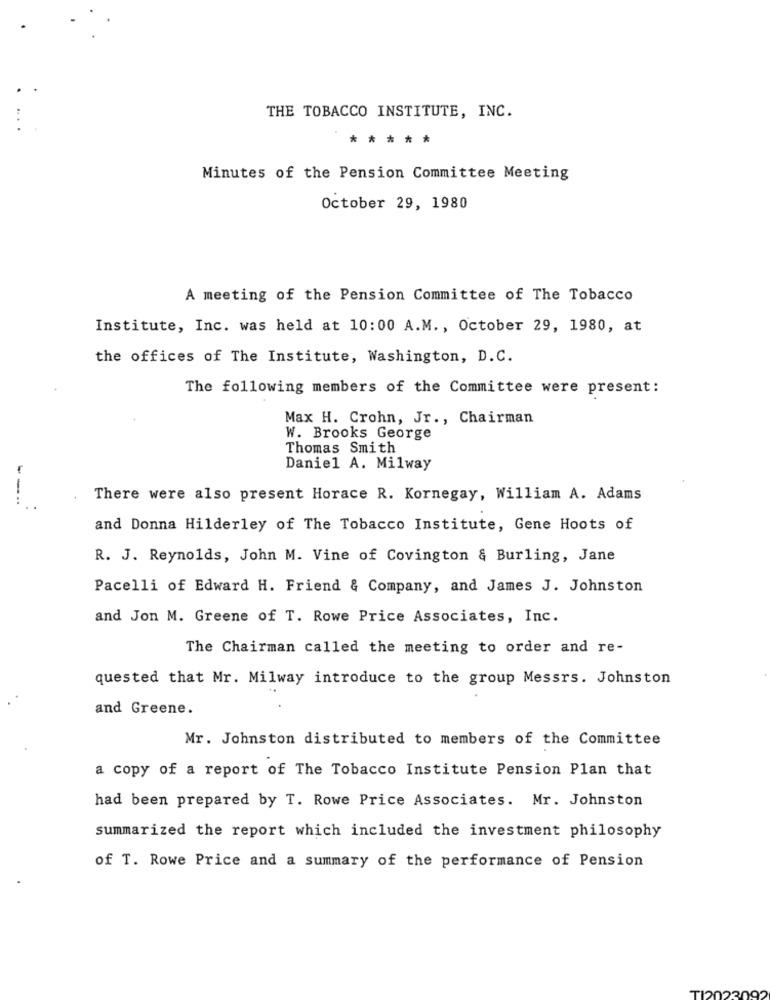
THE TOBACCO INSTITUTE, INC.
*****
Minutes of the Pension Committee Meeting
October 29, 1980
A meeting of the Pension Committee of The Tobacco
Institute, Inc. was held at 10:00 A.M ., October 29, 1980, at
the offices of The Institute, Washington, D.C.
The following members of the Committee were present:
Max H. Crohn, Jr ., Chairman
W. Brooks George
Thomas Smith
Daniel A. Milway
----
There were also present Horace R. Kornegay, William A. Adams
and Donna Hilderley of The Tobacco Institute, Gene Hoots of
R. J. Reynolds, John M. Vine of Covington & Burling, Jane
Pacelli of Edward H. Friend & Company, and James J. Johnston
and Jon M. Greene of T. Rowe Price Associates, Inc.
The Chairman called the meeting to order and re-
quested that Mr. Milway introduce to the group Messrs. Johnston
and Greene.
Mr. Johnston distributed to members of the Committee
a copy of a report of The Tobacco Institute Pension Plan that
had been prepared by T. Rowe Price Associates. Mr. Johnston
summarized the report which included the investment philosophy
of T. Rowe Price and a summary of the performance of Pension
TI20230